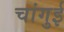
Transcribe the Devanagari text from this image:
चांगुई